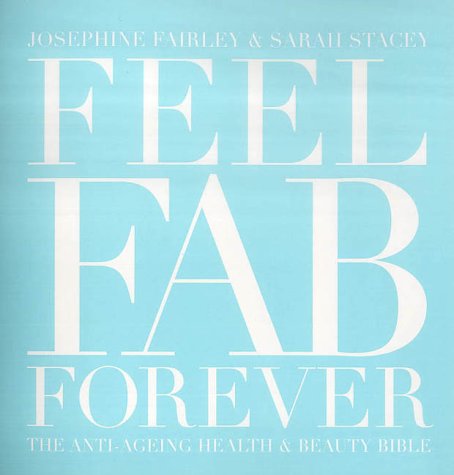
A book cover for Feel Fab Forever: The Anti-ageing Health and Beauty Bible; Josephine Fairley; Health, Fitness & Dieting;